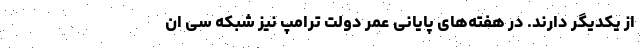
از یکدیگر دارند. در هفته‌های پایانی عمر دولت ترامپ نیز شبکه سی ان